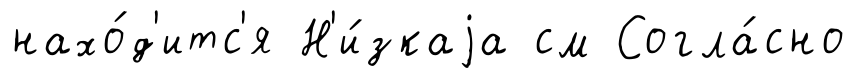
нахо́д'итс'я Н'и́зкаjа см Согла́сно